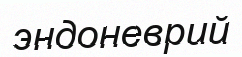
эндоневрий